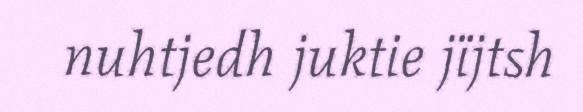
nuhtjedh juktie jïjtsh